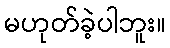
မဟုတ်ခဲ့ပါဘူး။